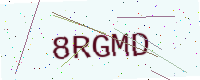
Text: 8RGMD